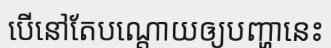
បើនៅតែបណ្តោយឲ្យបញ្ហានេះ